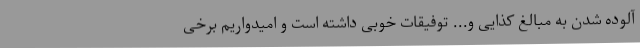
آلوده شدن به مبالغ کذایی و... توفیقات خوبی داشته است و امیدواریم برخی